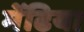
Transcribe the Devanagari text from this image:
मेंढिया